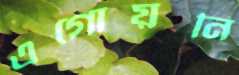
এগোয়নি